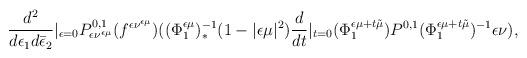
LaTeX: \begin{align*}\frac{d^2}{d\epsilon_1d\bar\epsilon_2}\vert_{\epsilon=0} P_{\epsilon\nu^{\epsilon\mu}}^{0,1}(f^{\epsilon\nu^{\epsilon\mu}})((\Phi_1^{\epsilon\mu})_*^{-1}(1-\vert \epsilon\mu\vert^2)\frac{d}{dt}\vert_{t=0}(\Phi_1^{\epsilon\mu+t{\tilde\mu}})P^{0,1}(\Phi_1^{\epsilon\mu+t{\tilde\mu}})^{-1}\epsilon\nu),\end{align*}